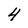
Character: 4